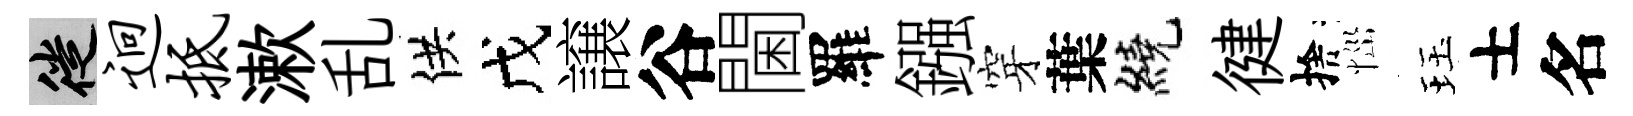
徙迥抵漱乱供戊譲谷閫羅鏹穿葉繞徤捨𢙉珏士名